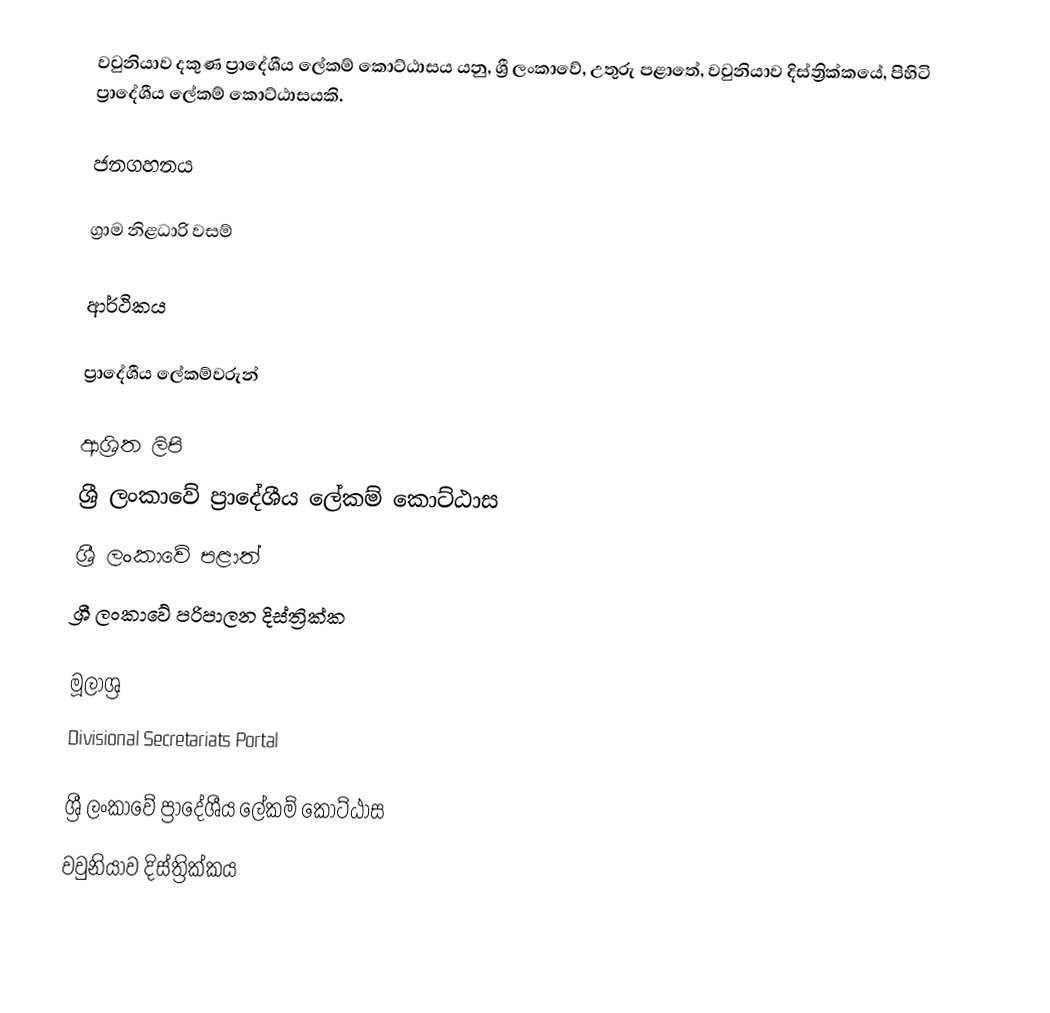
වවුනියාව දකුණ ප්‍රාදේශීය ලේකම් කොට්ඨාසය යනු,  ශ්‍රී ලංකාවේ, උතුරු පළාතේ,   වවුනියාව දිස්ත්‍රික්කයේ, පිහිටි ප්‍රාදේශීය ලේකම් කොට්ඨාසයකි.

ජනගහනය

ග්‍රාම නිළධාරි වසම්

ආර්ථිකය

ප්‍රාදේශීය ලේකම්වරුන්

ආශ්‍රිත ලිපි
ශ්‍රී ලංකාවේ ප්‍රාදේශීය ලේකම් කොට්ඨාස
ශ්‍රී ලංකාවේ පළාත්
ශ්‍රී ලංකාවේ පරිපාලන දිස්ත්‍රික්ක

මූලාශ්‍ර
 Divisional Secretariats Portal

ශ්‍රී ලංකාවේ ප්‍රාදේශීය ලේකම් කොට්ඨාස
වවුනියාව දිස්ත්‍රික්කය